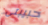
حبيبتى